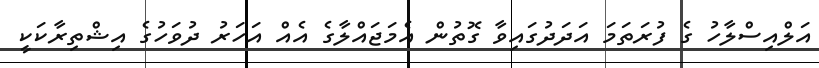
އަލްއިސްލާހު ގެ ފުރަތަމަ އަދަދުގައިވާ ގޮތުން އެމަޖައްލާގެ އެއް އަހަރު ދުވަހުގެ އިޝްތިރާކަކީ